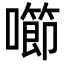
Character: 㘉